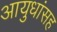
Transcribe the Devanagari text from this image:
आयुधांसह